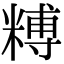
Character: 糐